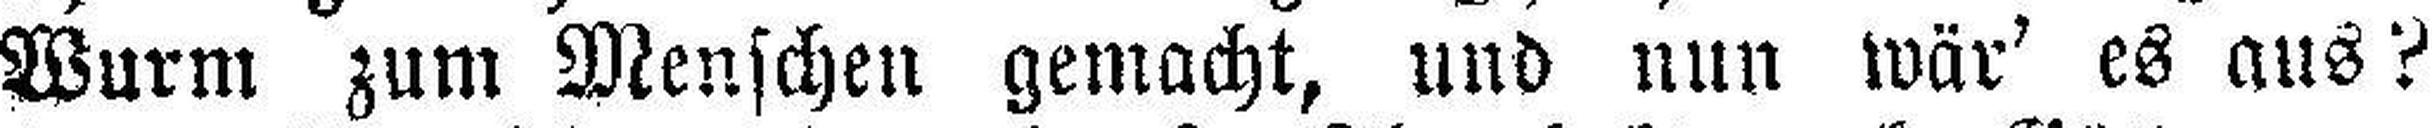
Wurm zum Menschen gemacht, und nun wär' es aus ?